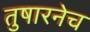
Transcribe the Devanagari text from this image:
तुषारनेच